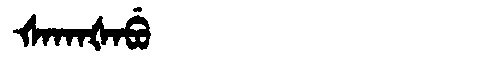
Manchu: ᡧᠠᡴᠠᡧᠠᠪᡠ
Romanization: ŠAKAŠABU